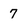
Character: 7